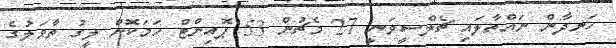
ހަނދާން ނައްތާލައި ޗެލްސީވަނީ 27 މެޗުން 53 ޕޮއިންޓް ހަމަކޮށް ލީގު ތާވަލުގެ